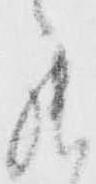
罷